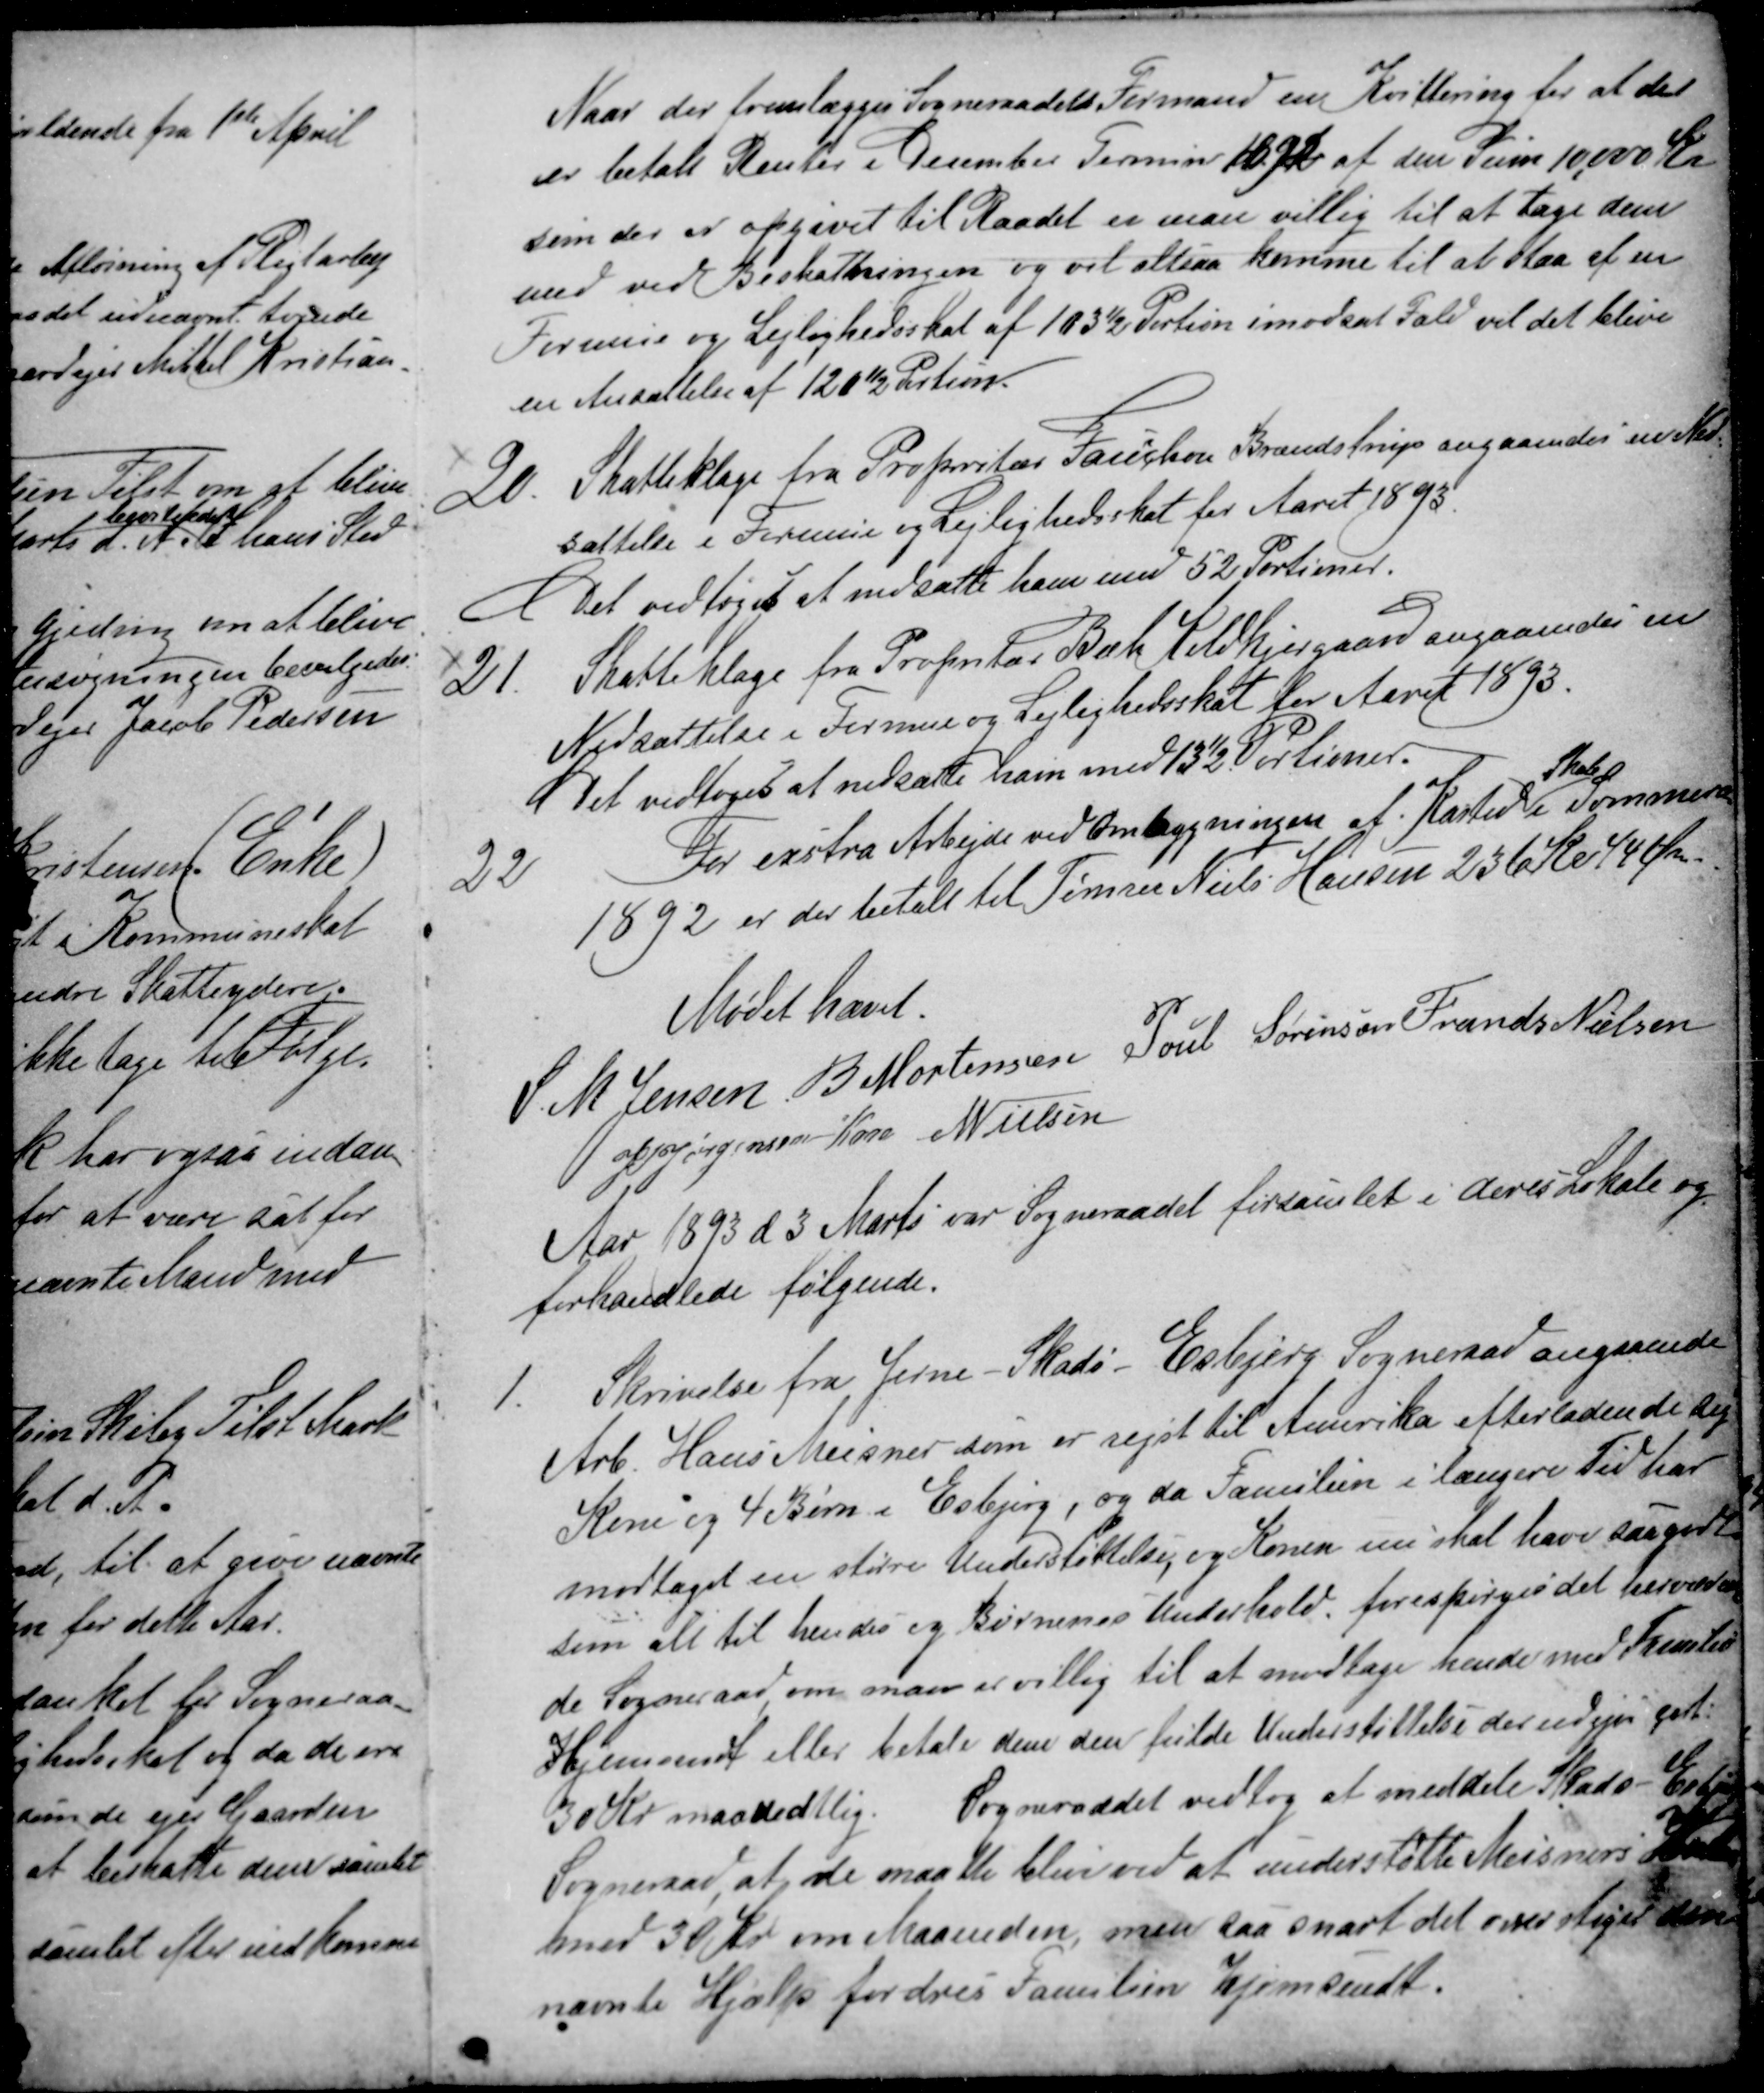
Transskription:
Naar der fremlægges Sogneraadets Formand en Kvittering for at der
er betalt Renter i December Termin 1892 af den Sum 10,000 Kr.
som der er opgivet til Raadet er man villig til at tage dem
med ved Beskatningen og vil altsaa komme til at staa af en
Formue og Lejlighedsskat af 103½ Portion i modsat Fald vil det blive
en Ansættelse af 120½ Portion.
20. 
Skatteklage fra Propritær Faurschou Brændstrup angaaendes en Ned-
sættelse i Formue og Lejlighedsskat for Aaret 1893.
Det vedtoges at nedsatte ham med 52 Portioner.
21.
Skatteklage fra Propritær Bæk Koldkjergaard angaaendes en
Nedsættelse i Formue og Lejlighedsskat for Aaret 1893.
Det vedtoges at nedsætte ham med 13½ Portioner.
22
For exstra Arbejde ved Ombygningen af Kasted
Skole
i Sommeren
1892 er der betalt til Tømrer Niels Hansen 236 Kr 44 Øre
Mødet hævet
S. M. Jensen
B. Mortensen
Poul Sørensen
Frands Nielsen
J P Jørgensen Kaae
N Nielsen
Aar 1893 d. 3 Marts var Sogneraadet forsamlet i deres Lokale og
forhandlede følgende.
1.
Skrivelse fra Jerne-Skads-Esbjerg Sogneraad angaaende
Arb. Hans Meisner som er rejst til Amerika efterladende sig
Kone og 4 Børn i Esbjerg, og da Familien i længere Tid har
modtaget en større Understøttelse, og Konen nu skal have saagodt
som alt til hendes og Børnenes Underhold forespørges det herværen-
de Sogneraad om man er villig til at modtage hende med Familie
Hjemsendt eller betale dem den fulde Understøttelse der udgjør godt
30 Kr maanedlig. Sogneraadet vedtog at meddele Skads-Esbjerg
Sogneraad, at de maatte blive ved at understøtte Meisners Hustru
med 30 Kr om Maaneden, men saa snart det overstiger den
nævnte Hjælp fordres Familien Hjemsendt.